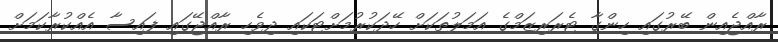
ރާއްޖެއިން ބޭރުގައި ހިންގާ ޓެރަރިޒަމްގެ އަމަލުތަކަށް ހޭދަކުރުމަށްޓަކައި ދިވެހި ރާއްޖޭގައި ފައިސާ އެއްކުރާކަމަށް